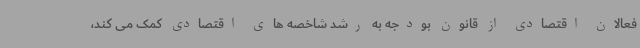
فعالان اقتصادی از قانون بودجه به رشد شاخصه های اقتصادی کمک می کند،